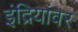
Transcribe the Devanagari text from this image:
इंद्रियांवर